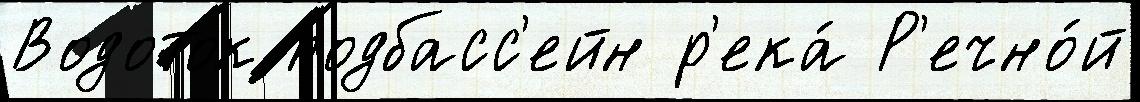
Водоток подбасс'ейн р'ека́ Р'ечно́й